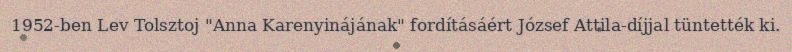
1952-ben Lev Tolsztoj "Anna Karenyinájának" fordításáért József Attila-díjjal tüntették ki.